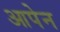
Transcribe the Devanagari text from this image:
आपेन